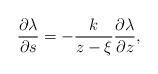
LaTeX: \begin{align*}\frac{\partial \lambda}{\partial s}=-\frac{k}{z-\xi}\frac{\partial \lambda}{\partial z},\end{align*}